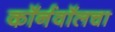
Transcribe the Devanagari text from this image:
कॉर्नवॉलचा